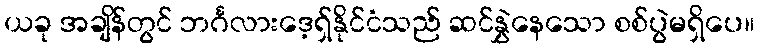
ယခု အချိန်တွင် ဘင်္ဂလားဒေ့ရှ်နိုင်ငံသည် ဆင်နွှဲနေသော စစ်ပွဲမရှိပေ။